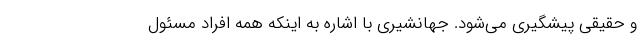
و حقیقی پیشگیری می‌شود. جهانشیری با اشاره به اینکه همه افراد مسئول